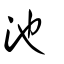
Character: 池